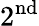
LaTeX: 2^{\textnormal{nd}}